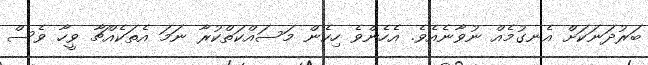
ބަރުދަނަކަށް އެނގުމެއް ނުވާނެއެވެެ. އެހެންވެ ހިކެން މަސައްކަތްކުރާ ނަމަ އެތަކެއްޗާ ވީހާ ވެސް